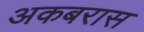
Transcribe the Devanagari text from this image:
अकबरास